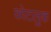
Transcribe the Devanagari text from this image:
कोटलुक